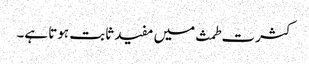
کثرت طمث میں مفید ثابت ہوتا ہے۔